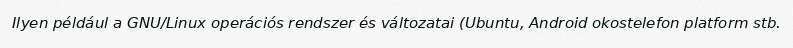
Ilyen például a GNU/Linux operációs rendszer és változatai (Ubuntu, Android okostelefon platform stb.